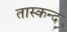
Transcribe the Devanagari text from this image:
तास्कन्द